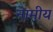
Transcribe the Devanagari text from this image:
नामीय